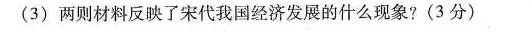
(3)两则材料反映了宋代我国经济发展的什么现象?(3分